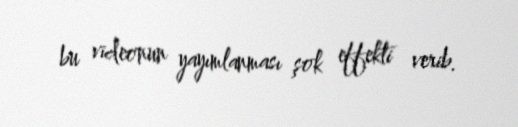
bu videonun yayımlanması şok effekti verib.